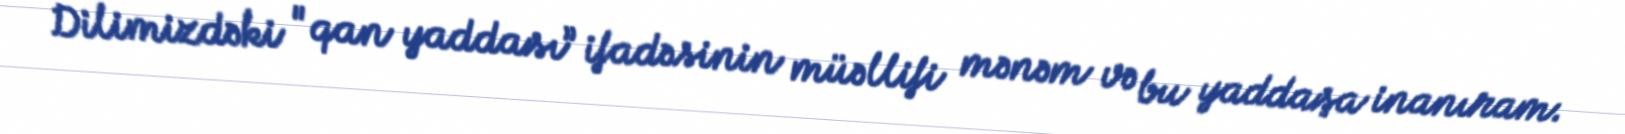
Dilimizdəki "qan yaddası” ifadəsinin müəllifi mənəm və bu yaddaşa inanıram.